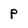
Character: p